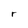
Character: r